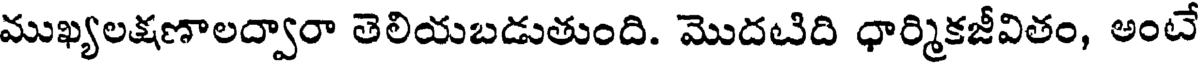
ముఖ్యలక్షణాలద్వారా తెలియబడుతుంది. మొదటిది ధార్మికజీవితం, అంటే